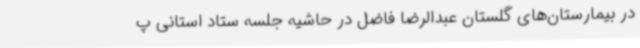
در بیمارستان‌های گلستان عبدالرضا فاضل در حاشیه جلسه ستاد استانی پ